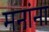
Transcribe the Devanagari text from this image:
मनांना